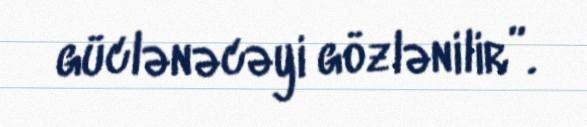
güclənəcəyi gözlənilir”.